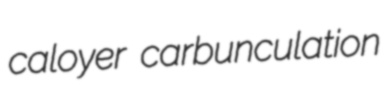
caloyer carbunculation